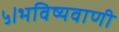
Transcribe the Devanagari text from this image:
५।भविष्यवाणी